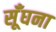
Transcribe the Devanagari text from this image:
सूँघना